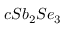
c S b _ { 2 } S e _ { 3 }